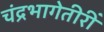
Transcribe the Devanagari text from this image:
चंद्रभागेतीरीं